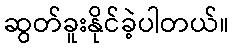
ဆွတ်ခူးနိုင်ခဲ့ပါတယ်။